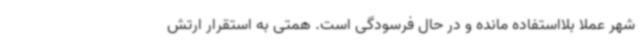
شهر عملا بلااستفاده مانده و در حال فرسودگی است. همتی به استقرار ارتش